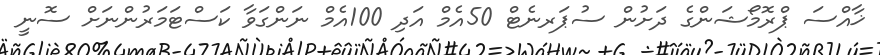
ޚާއްސަ ޕްރޮމޯޝަންގެ ދަށުން ސުޕަރނެޓް 50އެމް އަދި 100އެމް ނަންގަވާ ކަސްޓަމަރުންނަށް ސޮނީ